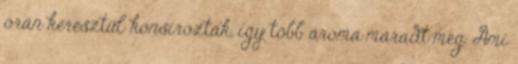
órán keresztül konsíroztak, így több aroma maradt meg. Ami